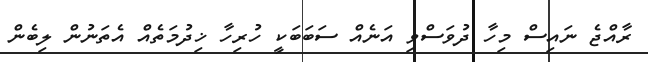
ރާއްޖެ ނައިސް މިހާ ދުވަސްވި އަނެއް ސަބަބަކީ ހުރިހާ ޚިދުމަތެއް އެތަނުން ލިބެން